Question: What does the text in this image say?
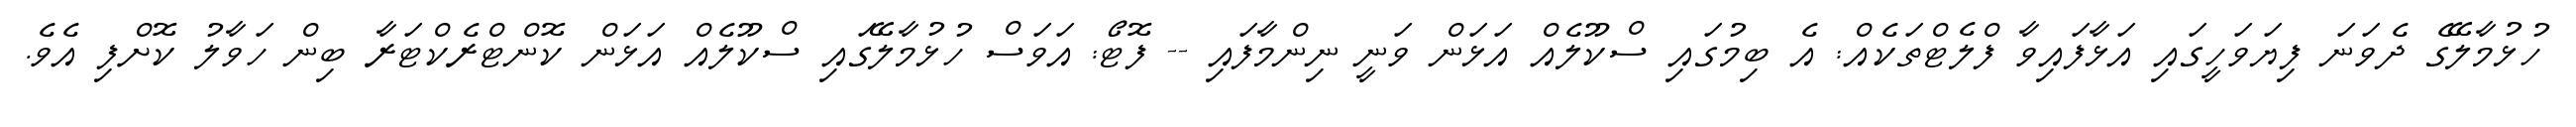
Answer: ހުޅުމާލޭގެ ދެވަނަ ފިޔަވަހީގައި އަޅާފައިވާ ފްލެޓްތަކެއް: އެ ބިމުގައި ސްކޫލެއް އަޅަން ވަނީ ނިންމާފައި -- ފޮޓޯ: އަވަސް ހުޅުމާލޭގައި ސްކޫލެއް އަޅަން ކޮންޓްރެކްޓަރާ ބިން ހަވާލު ކޮށްފި އެވެ.